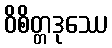
ဝိစိတ္တဒုဿေ